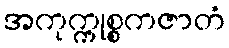
အကုက္ကုစ္စကဇာတံ